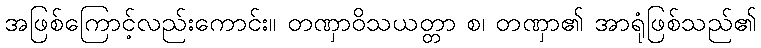
အဖြစ်ကြောင့်လည်းကောင်း။ တဏှာဝိသယတ္တာ စ၊ တဏှာ၏ အာရုံဖြစ်သည်၏